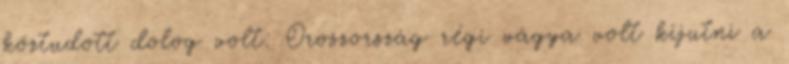
köztudott dolog volt: Oroszország régi vágya volt kijutni a